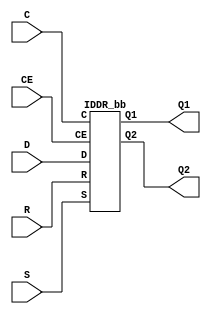
///////////////////////////////////////////////////////////////////////////////
// Copyright (c) 1995/2015 Xilinx, Inc.
// All Right Reserved.
///////////////////////////////////////////////////////////////////////////////
//   ____  ____
//  /   /\/   /
// /___/  \  /    Vendor : Xilinx
// \   \   \/     Version : 2015.4
//  \   \         Description : Xilinx Formal Library Component
//  /   /                  Dual Data Rate Input D Flip-Flop
// /___/   /\     Filename : IDDR.v
// \   \  /  \
//  \___\/\___\
//
///////////////////////////////////////////////////////////////////////////////
// Revision:
//    03/23/04 - Initial version.
//    10/31/14 - Added inverter functionality for IS_*_INVERTED parameter (CR 828995).
// End Revision
///////////////////////////////////////////////////////////////////////////////

`timescale  1 ps / 1 ps

`celldefine

module IDDR (Q1, Q2, C, CE, D, R, S);

    parameter DDR_CLK_EDGE = "OPPOSITE_EDGE";    
    parameter INIT_Q1 = 1'b0;
    parameter INIT_Q2 = 1'b0;
    parameter [0:0] IS_C_INVERTED = 1'b0;
    parameter [0:0] IS_D_INVERTED = 1'b0;
    parameter SRTYPE = "SYNC";

`ifdef XIL_TIMING //Simprim
 
  parameter LOC = "UNPLACED";
  parameter MSGON = "TRUE";
  parameter XON = "TRUE";

`endif
    
    output Q1;
    output Q2;
    
    input C;
    input CE;
    input D;
    input R;
    input S;

   wire C_in;
   wire D_in;
   
   assign C_in = C ^ IS_C_INVERTED;
   assign D_in = D ^ IS_D_INVERTED;
   
   IDDR_bb inst_bb (
          .Q1(Q1),
          .Q2(Q2),
          .C(C_in),
          .CE(CE),
          .D(D_in),
          .R(R),
          .S(S)
          );

endmodule

module IDDR_bb (
    output Q1,
    output Q2,
    
    input C,
    input CE,
    input D,
    input R,
    input S
          );

endmodule

`endcelldefine